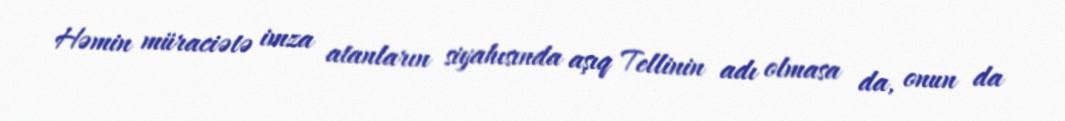
Həmin müraciətə imza atanların siyahısında aşıq Tellinin adı olmasa da, onun da